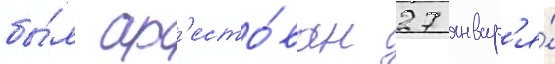
бы́л ар'есто́ван 27 январ'я́